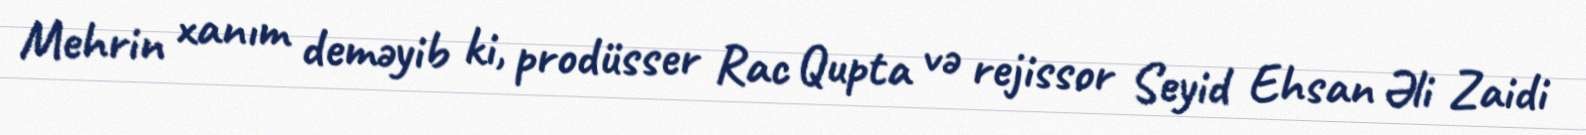
Mehrin xanım deməyib ki, prodüsser Rac Qupta və rejissor Seyid Ehsan Əli Zaidi